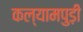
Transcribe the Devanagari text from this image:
कल्यामपुड़ी